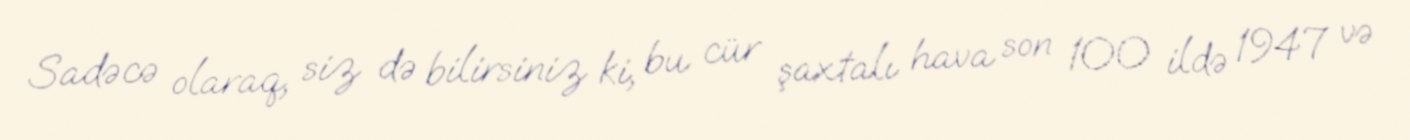
Sadəcə olaraq, siz də bilirsiniz ki, bu cür şaxtalı hava son 100 ildə 1947 və